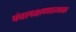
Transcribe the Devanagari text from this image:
पंचलक्षणात्मक